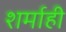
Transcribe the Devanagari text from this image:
शर्माही